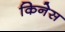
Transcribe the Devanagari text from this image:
किनेस